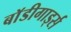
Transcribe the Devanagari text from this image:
बाॅडीगार्ड्स